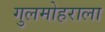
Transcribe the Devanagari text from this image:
गुलमोहराला